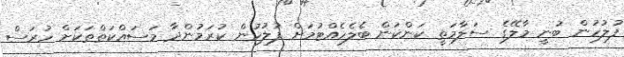
ފުލުހުން ބުނީ މާލޭގެ ސަލާމަތީ ކަންކަން ބެލެހެއްޓުމަށް ފުލުހުން ކުރަމުންދާ މަސައްކަތްތަކަށް ހުރަސް